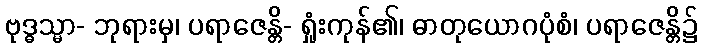
ဗုဒ္ဓသ္မာ- ဘုရားမှ၊ ပရာဇေန္တိ- ရှုံးကုန်၏၊ ဓာတုယောဂပုံစံ၊ ပရာဇေန္တိ၌